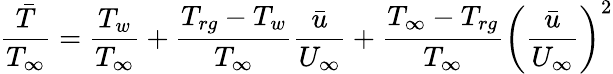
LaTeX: \frac{\bar{T}}{T_{\infty}}=\frac{T_{w}}{T_{\infty}}+\frac{T_{rg}-T_{w}}{T_{\infty}}\frac{\bar{u}}{U_{\infty}}+\frac{T_{\infty}-T_{rg}}{T_{\infty}}\left(\frac{\bar{u}}{U_{\infty}}\right)^{2}